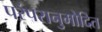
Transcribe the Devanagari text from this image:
परंपरानुमोदित